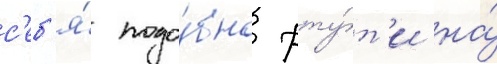
с'еб'я́ подо́бно рту́т'и на́